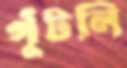
পুঁটলি